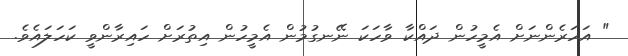
" އަހަރެންނަށް އެމީހުން ދައްކާ ވާހަކަ ނޭނގުމުން އެމީހުން އިތުރަށް ހައިރާންވީ ކަހަލައެވެ.